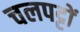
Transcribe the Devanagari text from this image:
चलपट्टों